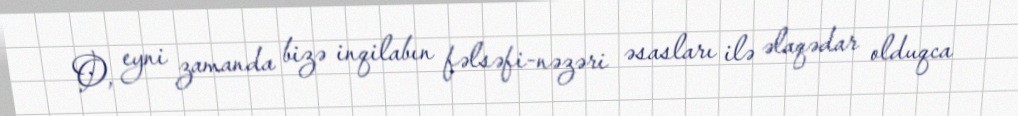
O, eyni zamanda bizə inqilabın fəlsəfi-nəzəri əsasları ilə əlaqədar olduqca